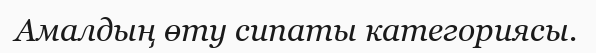
Амалдың өту сипаты категориясы.